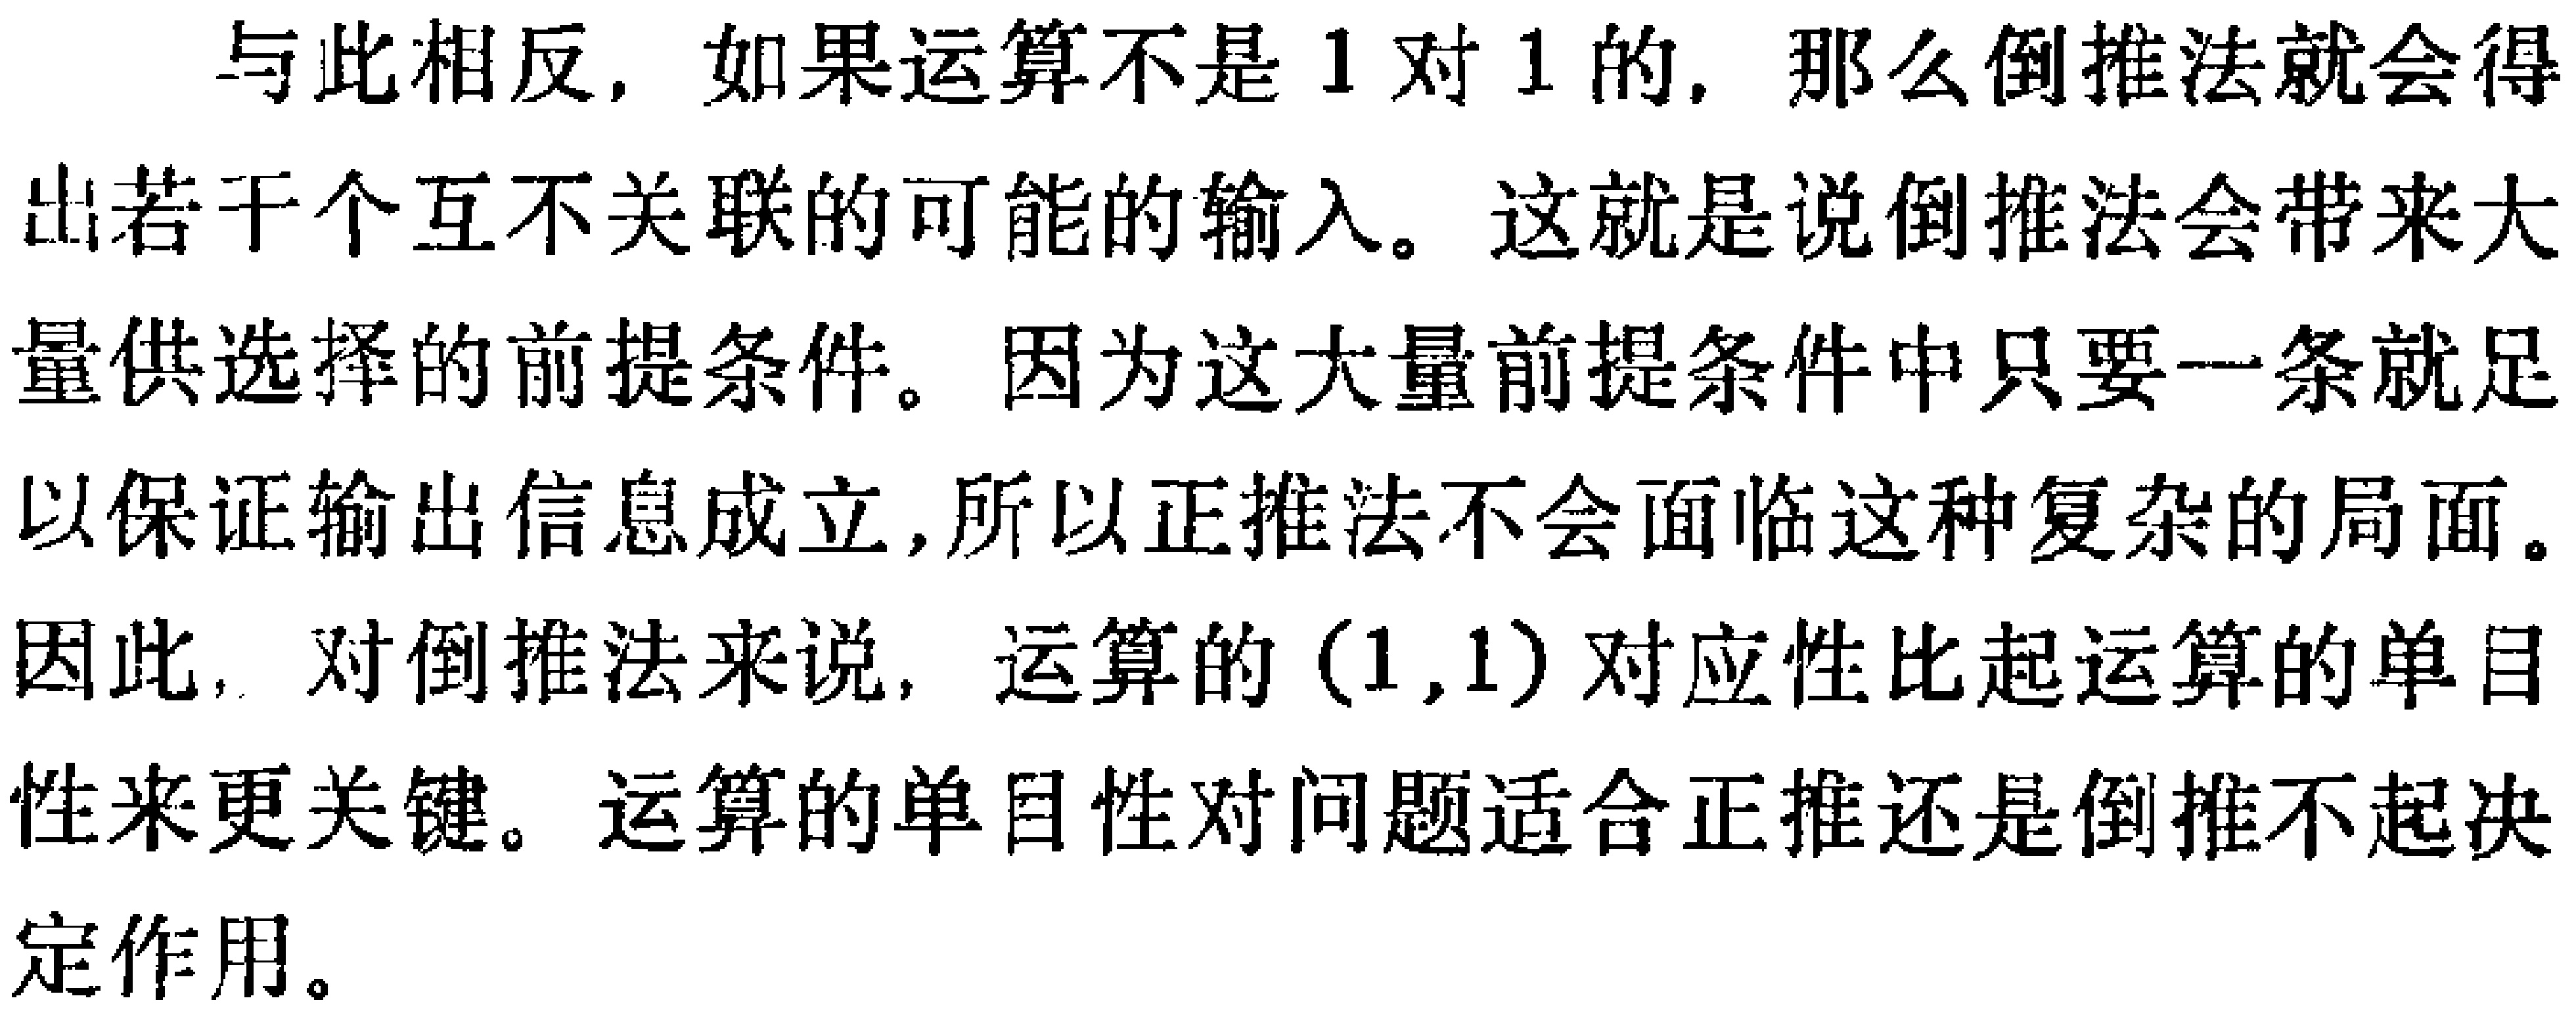
与此相反，如果运算不是1对1的，那么倒推法就会得出若干个互不关联的可能的输入。这就是说倒推法会带来大量供选择的前提条件。因为这大量前提条件中只要一条就足以保证输出信息成立，所以正推法不会面临这种复杂的局面。因此，对倒推法来说，运算的（1,1）对应性比起运算的单目性来更关键。运算的单目性对问题适合正推还是倒推不起决定作用。